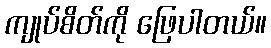
ကျုပ်စိတ်ကို ဖြေပါတယ်။